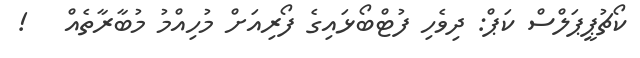
ކޯޗުޕީޕަލްސް ކަޕް: ދިވެހި ފުޓްބޯޅައިގެ ފޯރިއަށް މުހިއްމު މުބާރާތެއް   !